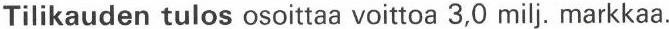
Tilikauden tulos osoittaa voittoa 3,0 milj. markkaa.